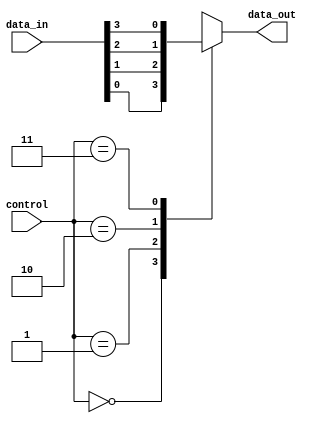
module mux4to1 (
    input [3:0] data_in,
    input [1:0] control,
    output reg data_out
);

always @(*)
begin
    case(control)
        2'b00: data_out = data_in[0];
        2'b01: data_out = data_in[1];
        2'b10: data_out = data_in[2];
        2'b11: data_out = data_in[3];
    endcase
end

endmodule